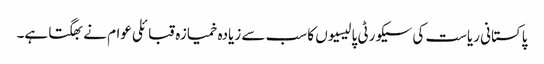
پاکستانی ریاست کی سیکورٹی پالیسیوں کا سب سے زیادہ خمیازہ قبائلی عوام نے بھگتا ہے۔